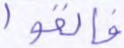
فألقوا